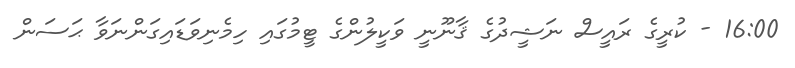
16:00 - ކުރީގެ ރައީސް ނަޝީދުގެ ޤާނޫނީ ވަކީލުންގެ ޓީމުގައި ހިމެނިވަޑައިގަންނަވާ ޙަސަން